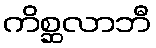
ကိစ္ဆလာဘီ